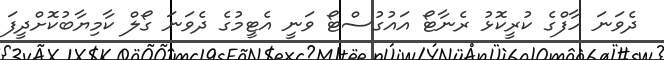
ދެވަނަ ހާފްގެ ކުރީކޮޅު ރެނާޓޯ އައުގުސްޓޯ ވަނީ އެޓީމުގެ ދެވަނަ ގޯލް ކާމިޔާބުކޮށްދީފަ